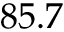
8 5 . 7